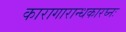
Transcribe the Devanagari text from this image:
कारागारान्धकारघ्नः